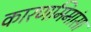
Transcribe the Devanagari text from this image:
कारणमिमांसा